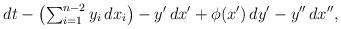
LaTeX: \begin{align*}dt-\left(\textstyle\sum_{i=1}^{n-2}y_i\, dx_i\right) -y'\, dx'+\phi (x') \, dy'-y''\, dx'',\end{align*}